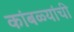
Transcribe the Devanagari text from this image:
कांबळ्यांची